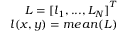
\begin{array} { r } { L = { [ l _ { 1 } , . . . , L _ { N } ] } ^ { T } } \\ { l ( x , y ) = m e a n ( L ) } \end{array}